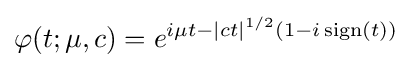
\varphi (t;\mu ,c)=e^{i\mu t-|ct|^{1/2}(1-i\operatorname {sign} (t))}